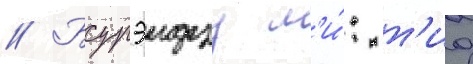
// Бурэидзу м'и́: т'иа